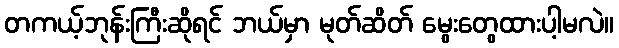
တကယ့်ဘုန်းကြီးဆိုရင် ဘယ်မှာ မုတ်ဆိတ် မွေးတွေထားပါ့မလဲ။